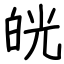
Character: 㿠